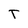
Character: T